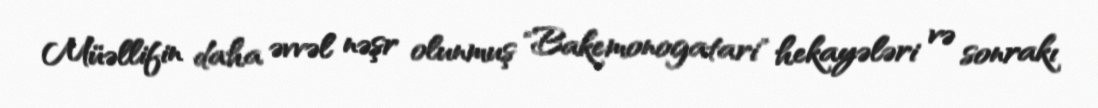
Müəllifin daha əvvəl nəşr olunmuş "Bakemonogatari" hekayələri və sonrakı